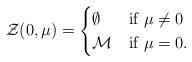
LaTeX: \begin{align*}\mathcal{Z}(0, \mu) =\begin{cases} \emptyset & \hbox{{\rm if }} \mu\neq 0 \cr \mathcal{M} & \hbox{{\rm if }} \mu=0.\cr\end{cases}\end{align*}